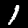
Digit: 1